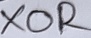
Text: XOR